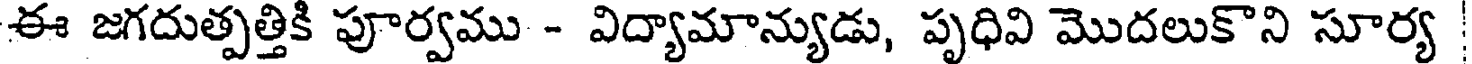
ఈ జగదుత్పత్తికి పూర్వము - విద్యామాన్యుడు, పృధివి మొదలుకొని సూర్య